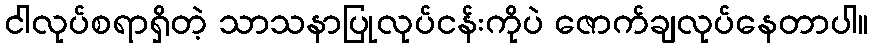
ငါလုပ်စရာရှိတဲ့ သာသနာပြုလုပ်ငန်းကိုပဲ ဇောက်ချလုပ်နေတာပါ။